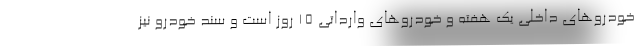
خودروهای داخلی یک هفته و خودروهای وارداتی ۱۵ روز است و سند خودرو نیز